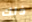
ذلك